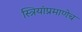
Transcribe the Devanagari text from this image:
स्त्रियांप्रमाणेच